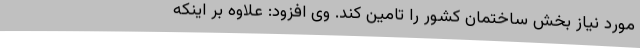
مورد نیاز بخش ساختمان کشور را تامین کند. وی افزود: علاوه بر اینکه